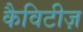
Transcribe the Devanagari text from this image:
कैविटीज़